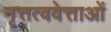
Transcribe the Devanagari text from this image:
नृत्तत्ववेत्ताओं